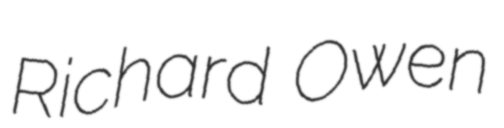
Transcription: Richard Owen